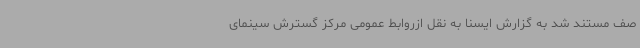
صف مستند شد به گزارش ایسنا به نقل ازروابط عمومی مرکز گسترش سینمای